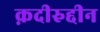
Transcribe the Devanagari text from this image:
क़दीरुद्दीन